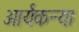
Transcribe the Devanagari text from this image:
आर्यकन्या